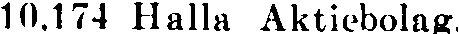
10,174 Halla Aktiebolag.